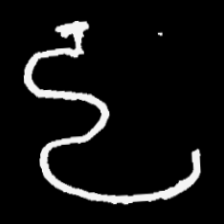
Pyu character \u2014 Myanmar letter: ဠ (romanized: lla)